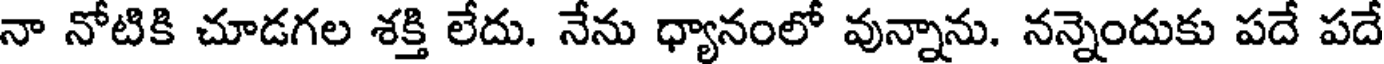
నా నోటికి చూడగల శక్తి లేదు. నేను ధ్యానంలో వున్నాను. నన్నెందుకు పదే పదే